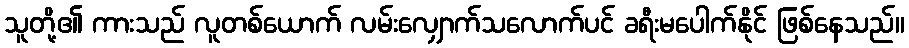
သူတို့၏ ကားသည် လူတစ်ယောက် လမ်းလျှောက်သလောက်ပင် ခရီးမပေါက်နိုင် ဖြစ်နေသည်။